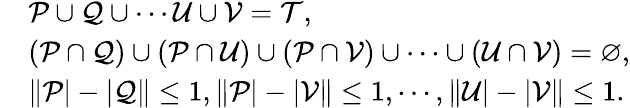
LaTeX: \begin{array}{rl}&{\mathcal{P}\cup\mathcal{Q}\cup\cdots\mathcal{U}\cup\mathcal{V}=\mathcal{T},}\\ &{\left(\mathcal{P}\cap\mathcal{Q}\right)\cup\left(\mathcal{P}\cap\mathcal{U}\right)\cup\left(\mathcal{P}\cap\mathcal{V}\right)\cup\cdots\cup\left(\mathcal{U}\cap\mathcal{V}\right)=\varnothing,}\\ &{\| \mathcal{P}|-|\mathcal{Q}\| \le 1,\| \mathcal{P}|-|\mathcal{V}\| \le 1,\cdots,\| \mathcal{U}|-|\mathcal{V}\| \le 1.}\end{array}